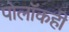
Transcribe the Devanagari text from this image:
पोलॉकही